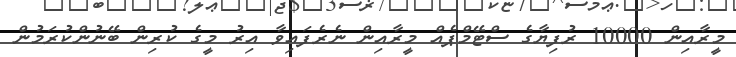
މީރާއިން 10000 ރުފިޔާގެ ސްޓޭމްޕެއް މީރާއިން ނެރެފައިވާ އިރު މީގެ ކުރިން ބޭނުންކުރަމުން